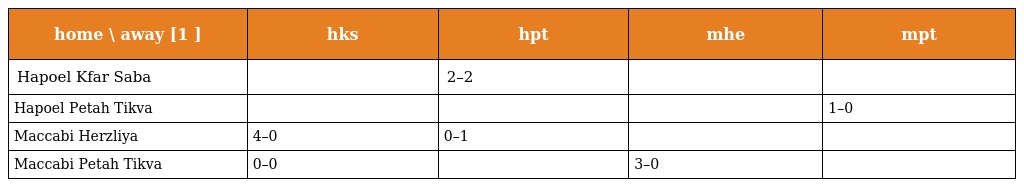
| home \ away [1 ] | hks | hpt | mhe | mpt |
 | --- | --- | --- | --- | --- |
 | Hapoel Kfar Saba |  | 2–2 |  |  |
 | Hapoel Petah Tikva |  |  |  | 1–0 |
 | Maccabi Herzliya | 4–0 | 0–1 |  |  |
 | Maccabi Petah Tikva | 0–0 |  | 3–0 |  |